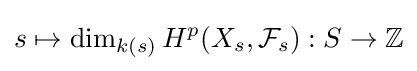
s\mapsto \dim _{k(s)}H^{p}(X_{s},{\mathcal {F}}_{s}):S\to \mathbb {Z}